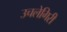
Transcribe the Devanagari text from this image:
उचलेगिरी